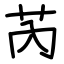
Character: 芮